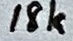
Text: 18k